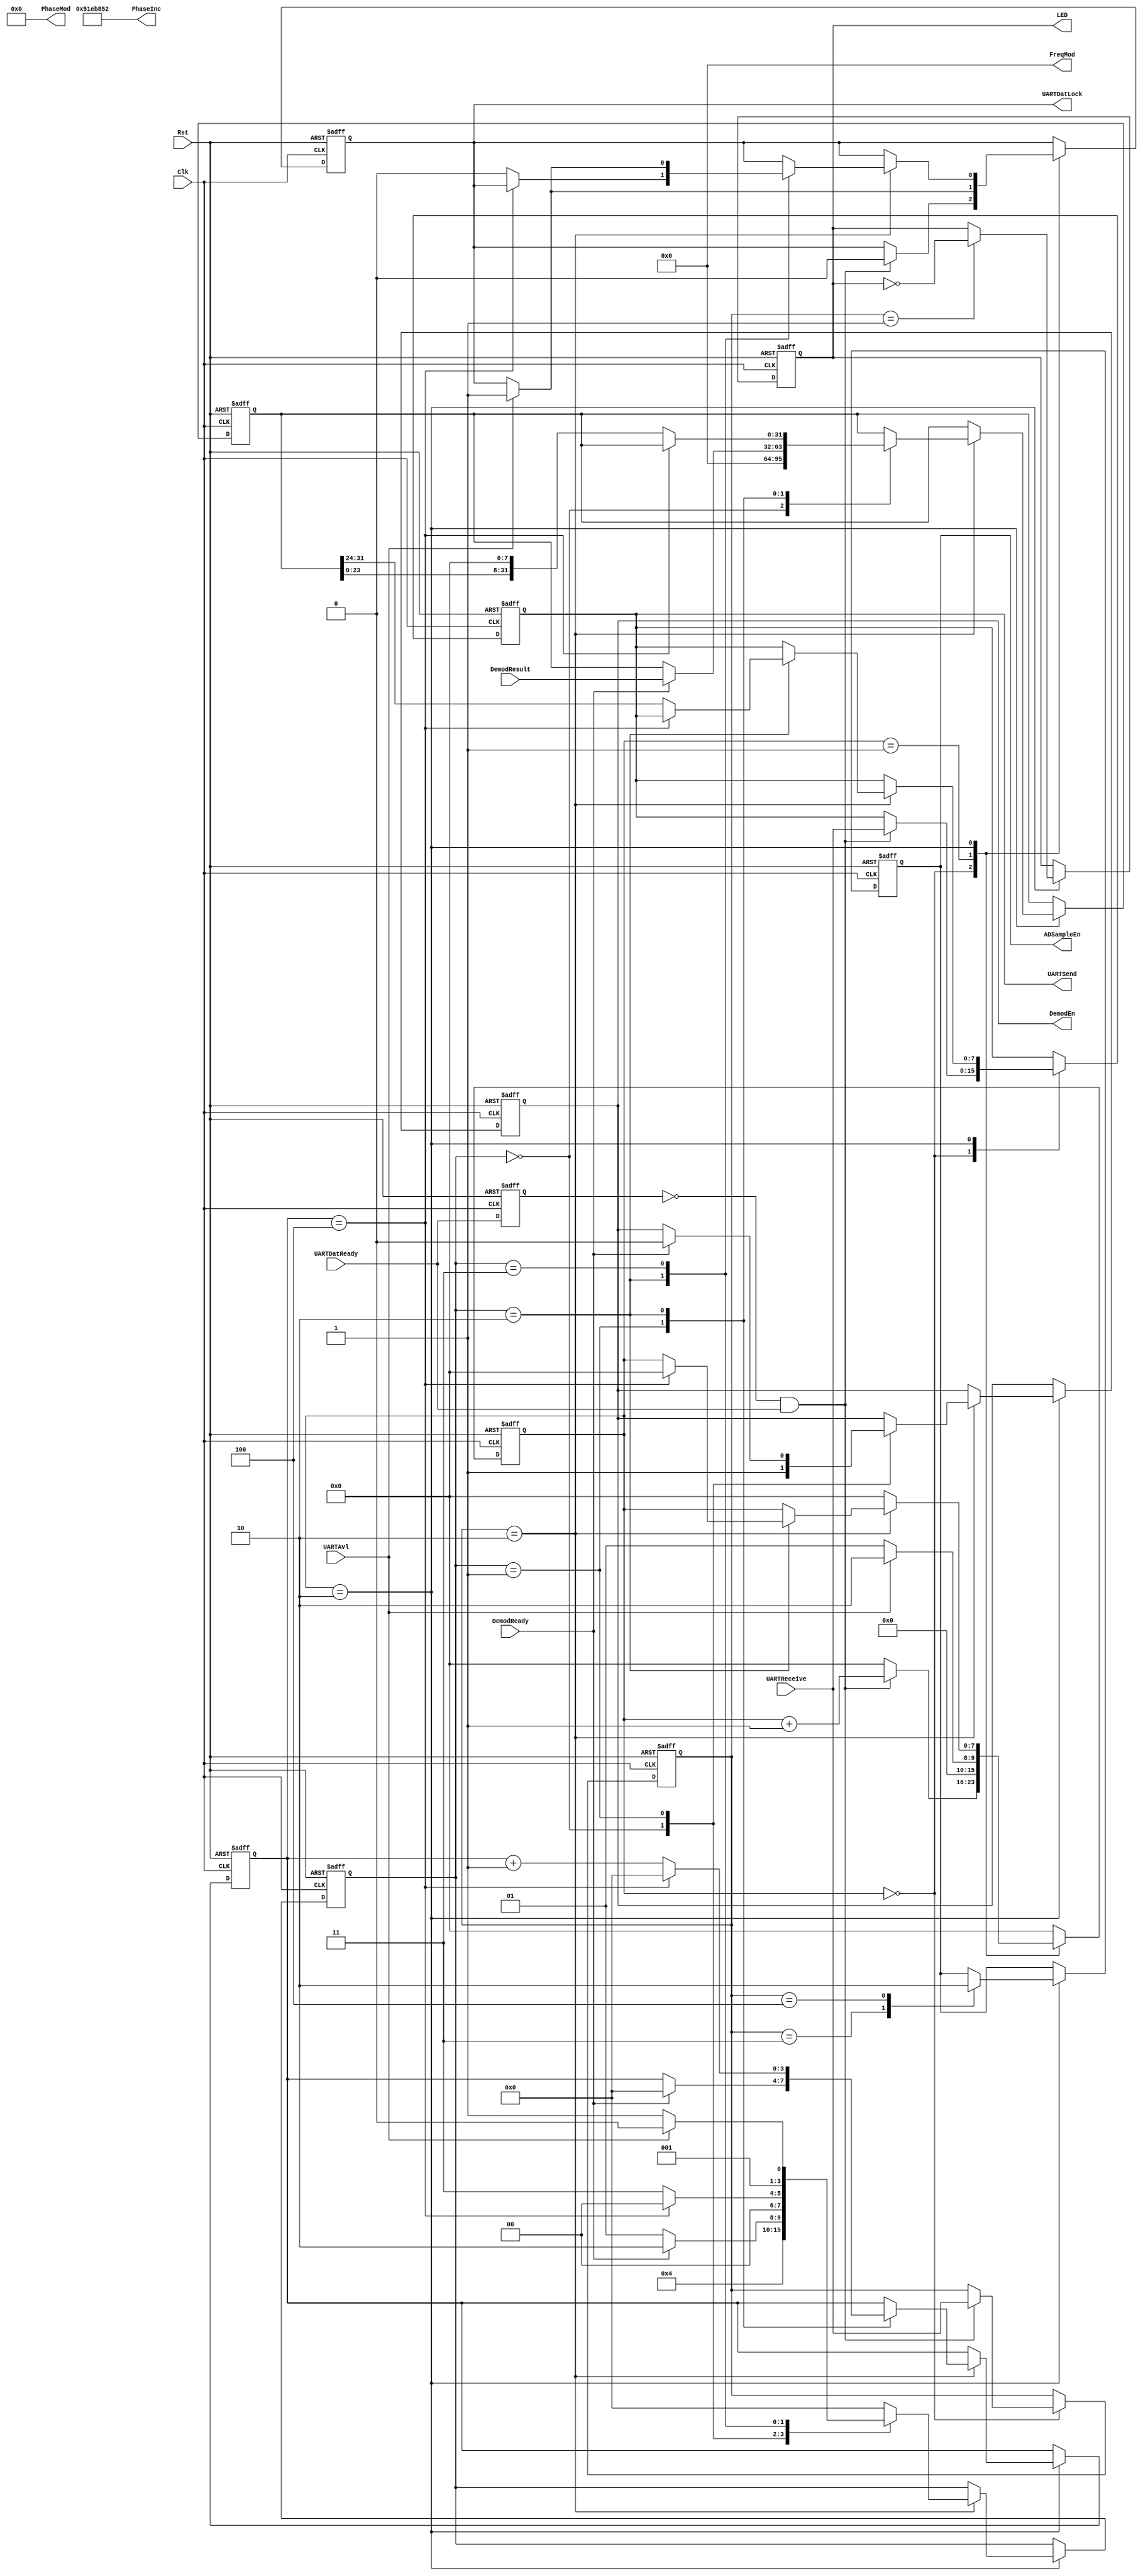
`timescale 1ns/1ps
//**************************************************************//
//**************************************************************//
//Project Name: Novel ECT Hardware Design
//
//Design  Name: ECTNew
//Module  Name: CtrlProc
//Target Devices: EP3C25F324C8
//Tool versions: 13.1
//Descriptions: This module.
//Revision:
//**************************************************************//
//**************************************************************//

module CtrlProc
(
    Clk, Rst, PhaseInc, PhaseMod, FreqMod,
	 UARTDatReady, UARTReceive,//
	 UARTAvl, UARTDatLock, UARTSend,
	 LED,
	 DemodEn, DemodReady, DemodResult,
	 ADSampleEn
);
    //Parameters
	 parameter Freq100KHz = 42949673;  //100 KHz FreWord
	 parameter Freq200KHz = 85899346;  //200 KHz FreWord
	 parameter Freq500KHz = 214748365; //500 KHz FreWord
	 parameter Freq1MKHz = 429496730; //1 MHz FreWord
	 
	 parameter FrMod = 32'd0;   //Frequency increasement
	 parameter PhMod = 16'd0;   //Phase increasement
	 
	 //Define
	 
	 
	 //Interface
	 input Clk, Rst;
    output [31:0] PhaseInc;        //Frequency Ctrl Word
	 output [31:0] FreqMod;         //Frequency Modification
    output [15:0] PhaseMod;        //Phase Modification
	 
	 input UARTDatReady;
	 input [7:0] UARTReceive;
	 
	 input UARTAvl;
	 output reg [7:0] UARTSend;
	 output reg UARTDatLock;
	 output reg LED;
	 
	 output reg ADSampleEn;	 
	 	 
	 input DemodReady;
	 input [31:0] DemodResult;
	 output reg DemodEn;	 
	 
	 reg [7:0] Stat;
	 reg [3:0] Stat1;
	 reg preDatReady;
	 reg [7:0] tempUARTDat;
	 reg [31:0] tempDemod;
	 reg [3:0] Cnt; 
	 
			
	 assign PhaseInc = Freq200KHz;
	 assign FreqMod = FrMod;
	 assign PhaseMod = PhMod;
	 
	 
	 always @ (posedge Clk or negedge Rst)
		if (Rst==0) begin
			LED <= 0;
			UARTSend <= 0;
			UARTDatLock <= 0;
			preDatReady <= 0;
			tempUARTDat <= 0;
			DemodEn <= 0;
			tempDemod <= 0;
			Cnt <= 0;
			ADSampleEn <= 0;
			
			Stat <= 0;
			Stat1 <= 0;
		end
		else begin
			preDatReady <= UARTDatReady;
			case (Stat)
			0: //Waiting a data/command from UART
			begin
				if (preDatReady == 0 && UARTDatReady == 1) begin //Received a data
					tempUARTDat <= UARTReceive;
								UARTDatLock <= 0;
								UARTSend <= UARTReceive;
								Stat <= Stat + 8'd1;
							end
					else begin
								Stat <= 0;
							end
				end
				1://Send the received data back to UI
				begin
					if (UARTAvl == 1) begin
							UARTDatLock <= 1;
							Stat <= 2;
						end
				   else begin
							Stat <= 1;
						end				
				end
				2://Command Mapping
				begin
					case (tempUARTDat)
					8'h01://Test the Com
							begin
								LED <= ~LED;
								Stat <= 0;
							end
					8'h02://Start Demod one time
							begin
							case (Stat1)
							0: begin					
								DemodEn <= 1;
								tempDemod <= 0;
								Stat1 <= 1;
								end
							1: begin
								if (DemodReady) begin
									tempDemod <= DemodResult;
									DemodEn <= 0;
									Cnt <= 0;
									Stat1 <= 2;
								end
								else begin
									Stat1 <= 1;
								end
								end
							2: begin
								if (Cnt == 4) begin
									Stat1 <= 0;
									Stat <= 0;
									Cnt <= 0;
								end
								else begin
									UARTDatLock <= 0;
									UARTSend <= tempDemod [31:24];
									tempDemod <= (tempDemod << 8);
									Cnt <= Cnt + 4'd1;
									Stat1 <= 3;
								end
								end
							3: begin
									if (UARTAvl) begin
										UARTDatLock <= 1;
										Stat1 <= 2;
									end
									else begin
										Stat1 <= 3;
									end
								end
							default: Stat1 <= 0;
							endcase									
							end
				   8'h03://Start Taking data from AD
							begin										
								ADSampleEn <= 1;
								Stat <= 0;
							end
					8'h04://Stop Sampling
							begin
								ADSampleEn <= 0;
								Stat <= 0;
							end
					default: Stat <= 0;
					endcase
				end
			default: Stat <= 0;
			endcase
		end		
		
	 
endmodule